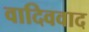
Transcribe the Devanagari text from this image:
वादिववाद